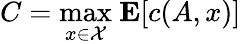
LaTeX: C={\underset{x\in{\mathcal{X}}}{\operatorname*{max}}}\ \mathbf{E}[c(A,x)]